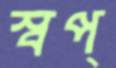
স্বপ্